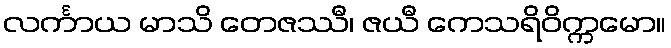
လင်္ကာယ မာသိ တေဇဿီ၊ ဇယီ ကေသရိဝိက္ကမော။